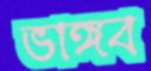
ভাঙ্গব